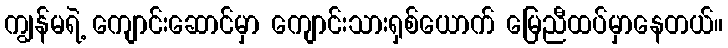
ကျွန်မရဲ့ ကျောင်းဆောင်မှာ ကျောင်းသားရှစ်ယောက် မြေညီထပ်မှာနေတယ်။